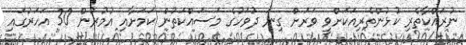
ނުރައްކާތެރި ކުޅުންތެރިއަކަށްވީ ވަރަށް ގިނަ ދުވަހުގެ މަސައްކަތުން ކަމަށާއި އުމުރުން 30 އަހަރުގައި